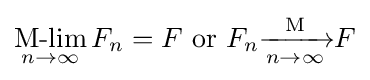
\mathop {\text{M-lim}} _{n\to \infty }F_{n}=F{\text{ or }}F_{n}{\xrightarrow[{n\to \infty }]{\mathrm {M} }}F